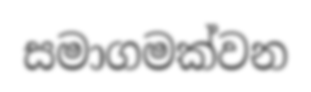
සමාගමක්වන